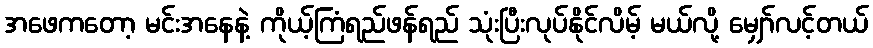
အဖေကတော့ မင်းအနေနဲ့ ကိုယ့်ကြံရည်ဖန်ရည် သုံးပြီးလုပ်နိုင်လိမ့် မယ်လို့ မျှော်လင့်တယ်